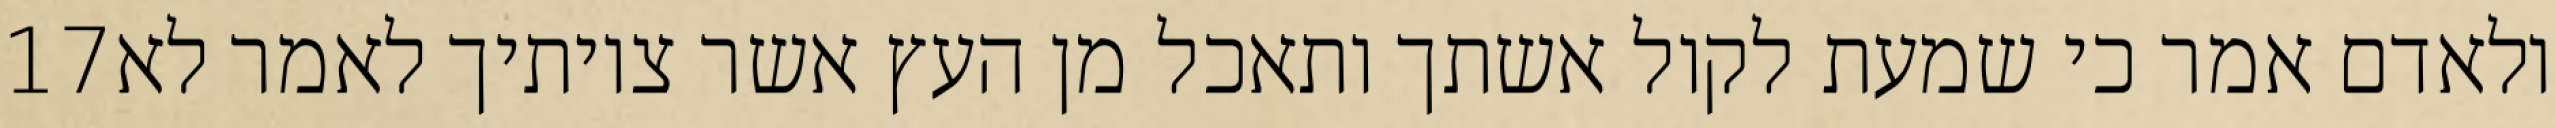
‎17‏ ולאדם אמר כי שמעת לקול אשתך ותאכל מן העץ אשר צויתיך לאמר לא